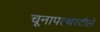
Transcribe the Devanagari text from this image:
चूनापत्थरटीले